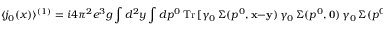
\langle j _ { 0 } ( x ) \rangle ^ { ( 1 ) } = i 4 \pi ^ { 2 } e ^ { 3 } g \int d ^ { 2 } y \int d p ^ { 0 } \, \mathrm { T r } \, [ \gamma _ { 0 } \, \Sigma ( p ^ { 0 } , { \bf x } - { \bf y } ) \, \gamma _ { 0 } \, \Sigma ( p ^ { 0 } , { \bf 0 } ) \, \gamma _ { 0 } \, \Sigma ( p ^ { 0 } , { \bf y } - { \bf x } ) ] \; .